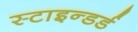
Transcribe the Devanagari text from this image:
स्टाइन्डर्ड